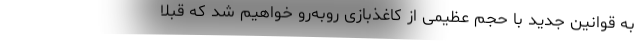
به قوانین جدید با حجم عظیمی از کاغذبازی روبه‌رو خواهیم شد که قبلا